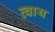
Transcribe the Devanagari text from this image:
व्वाय